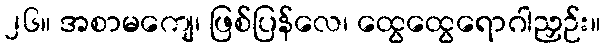
၂၆။ အစာမကျေ၊ ဖြစ်ပြန်လေ၊ ထွေထွေရောဂါညှဉ်း။